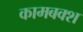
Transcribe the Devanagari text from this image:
कामबक्श